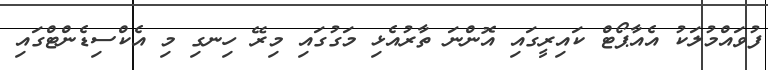
ފުވައްމުލަކު އެއާޕޯޓް ކައިރީގައި އޮންނަ ތާރުއެޅި މަގުގައި މިރޭ ހިނގި މި އެކްސިޑެންޓްގައި